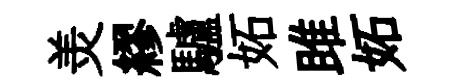
羙繆驢妬雎妬